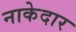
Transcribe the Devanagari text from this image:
नाकेदार